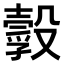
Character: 𣫌